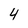
Character: 4